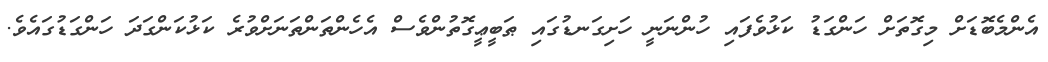
އެންމެބޮޑަށް މިގޮތަށް ހަންގަޑު ކަޅުވެފައި ހުންނަނީ ހަށިގަނޑުގައި ޠަބީޢީގޮތުންވެސް އެހެންތަންތަނަށްވުރެ ކަޅުކަންގަދަ ހަންގަޑުގައެވެ.